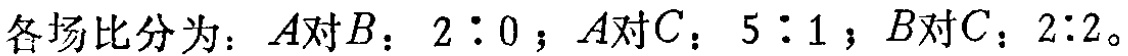
各场比分 为：\(A\)对\(B\)：\(2:0\)；\(A\)对\(C\)：\(5:1\)；\(B\)对\(C\)：\(2:2\)。